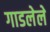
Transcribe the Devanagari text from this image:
गाडलेले